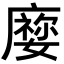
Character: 𡢜